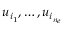
u _ { i _ { 1 } } , \ldots , u _ { i _ { n _ { e } } }